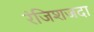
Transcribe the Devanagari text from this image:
रंजिशजदा